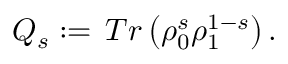
\begin{array} { r } { Q _ { s } : = \, T r \left( \rho _ { 0 } ^ { s } \rho _ { 1 } ^ { 1 - s } \right) . } \end{array}